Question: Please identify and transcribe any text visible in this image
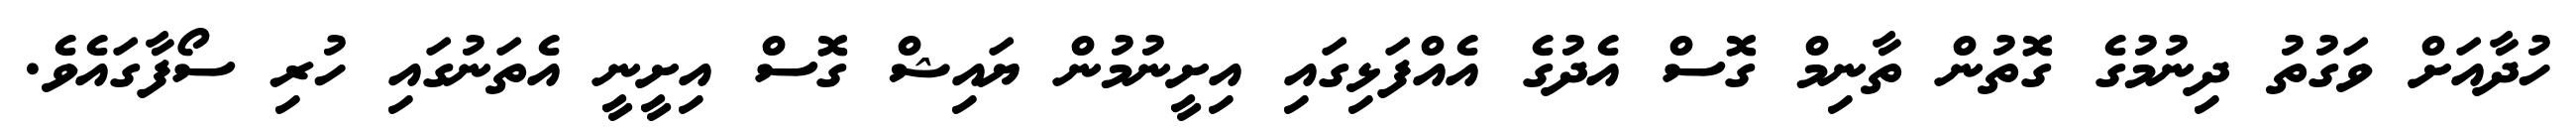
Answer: ހުދާއަށް ވަގުތު ދިނުމުގެ ގޮތުން ތާނިމް ގޮސް އެދުގެ އެއްފަޅިގައި އިށީނުމުން ޔައިޝް ގޮސް އިށީނީ އެތަނުގައި ހުރި ސޯފާގައެވެ.